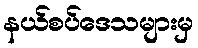
နယ်စပ်ဒေသများမှ